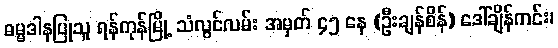
ဓမ္မဒါနပြုသူ ရန်ကုန်မြို့ သံလွင်လမ်း အမှတ် ၄၅ နေ (ဦးချန်စိန်) ဒေါ်ချိန်ကင်း၊